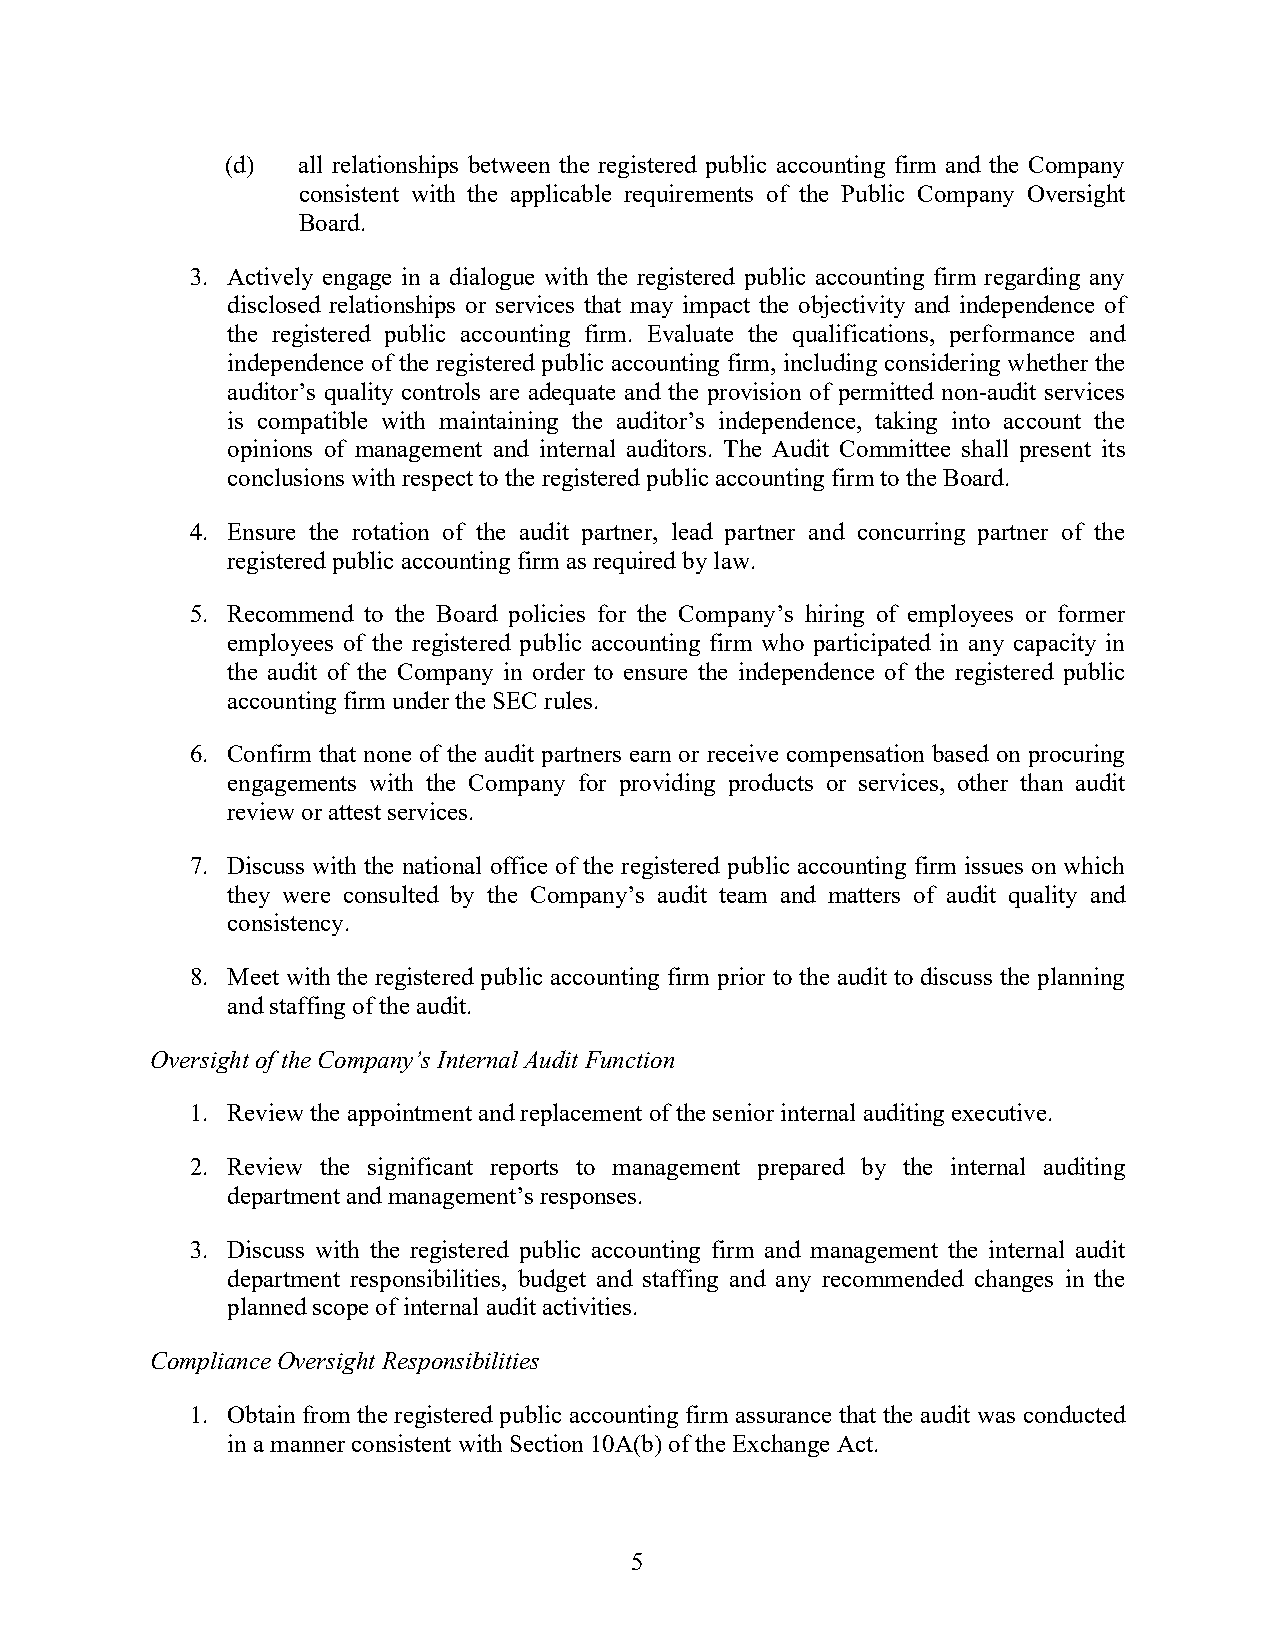
(d)  all relationships between the registered public accounting firm and the Company
 consistent with the applicable requirements of the Public Company Oversight
 Board.
 3. Actively engage in a dialogue with the registered public accounting firm regarding any
 disclosed relationships or services that may impact the objectivity and independence of
 the registered public accounting firm. Evaluate the qualifications, performance and
 independence of the registered public accounting firm, including considering whether the
 auditor’s quality controls are adequate and the provision of permitted non-audit services
 is compatible with maintaining the auditor’s independence, taking into account the
 opinions of management and internal auditors. The Audit Committee shall present its
 conclusions with respect to the registered public accounting firm to the Board.
 4. Ensure the rotation of the audit partner, lead partner and concurring partner of the
 registered public accounting firm as required by law.
 5. Recommend to the Board policies for the Company’s hiring of employees or former
 employees of the registered public accounting firm who participated in any capacity in
 the audit of the Company in order to ensure the independence of the registered public
 accounting firm under the SEC rules.
 6. Confirm that none of the audit partners earn or receive compensation based on procuring
 engagements with the Company for providing products or services, other than audit
 review or attest services.
 7. Discuss with the national office of the registered public accounting firm issues on which
 they were consulted by the Company’s audit team and matters of audit quality and
 consistency.
 8. Meet with the registered public accounting firm prior to the audit to discuss the planning
 and staffing of the audit.
 Oversight of the Company’s Internal Audit Function
 1. Review the appointment and replacement of the senior internal auditing executive.
 2. Review the significant reports to management prepared by the internal auditing
 department and management’s responses.
 3. Discuss with the registered public accounting firm and management the internal audit
 department responsibilities, budget and staffing and any recommended changes in the
 planned scope of internal audit activities.
 Compliance Oversight Responsibilities
 1. Obtain from the registered public accounting firm assurance that the audit was conducted
 in a manner consistent with Section 10A(b) of the Exchange Act.
 5